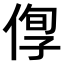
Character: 𠊫